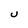
Character: U